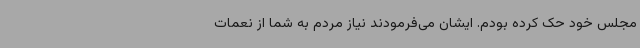
مجلس خود حک کرده بودم. ایشان می‌فرمودند نیاز مردم به شما از نعمات